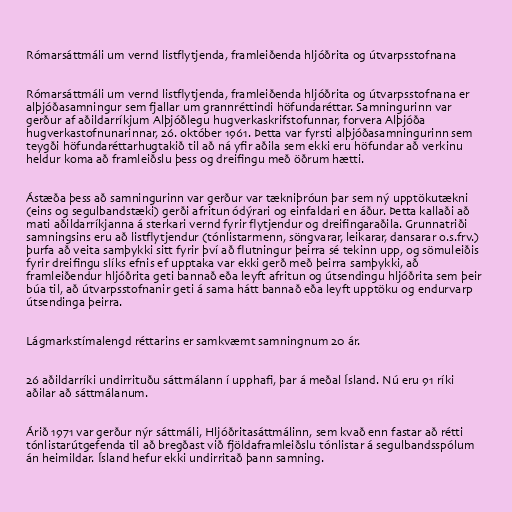
Rómarsáttmáli um vernd listflytjenda, framleiðenda hljóðrita og útvarpsstofnana

Rómarsáttmáli um vernd listflytjenda, framleiðenda hljóðrita og útvarpsstofnana er
alþjóðasamningur sem fjallar um grannréttindi höfundaréttar. Samningurinn var
gerður af aðildarríkjum Alþjóðlegu hugverkaskrifstofunnar, forvera Alþjóða
hugverkastofnunarinnar, 26. október 1961. Þetta var fyrsti alþjóðasamningurinn sem
teygði höfundaréttarhugtakið til að ná yfir aðila sem ekki eru höfundar að verkinu
heldur koma að framleiðslu þess og dreifingu með öðrum hætti.

Ástæða þess að samningurinn var gerður var tækniþróun þar sem ný upptökutækni
(eins og segulbandstæki) gerði afritun ódýrari og einfaldari en áður. Þetta kallaði að
mati aðildarríkjanna á sterkari vernd fyrir flytjendur og dreifingaraðila. Grunnatriði
samningsins eru að listflytjendur (tónlistarmenn, söngvarar, leikarar, dansarar o.s.frv.)
þurfa að veita samþykki sitt fyrir því að flutningur þeirra sé tekinn upp, og sömuleiðis
fyrir dreifingu slíks efnis ef upptaka var ekki gerð með þeirra samþykki, að
framleiðendur hljóðrita geti bannað eða leyft afritun og útsendingu hljóðrita sem þeir
búa til, að útvarpsstofnanir geti á sama hátt bannað eða leyft upptöku og endurvarp
útsendinga þeirra.

Lágmarkstímalengd réttarins er samkvæmt samningnum 20 ár.

26 aðildarríki undirrituðu sáttmálann í upphafi, þar á meðal Ísland. Nú eru 91 ríki
aðilar að sáttmálanum.

Árið 1971 var gerður nýr sáttmáli, Hljóðritasáttmálinn, sem kvað enn fastar að rétti
tónlistarútgefenda til að bregðast við fjöldaframleiðslu tónlistar á segulbandsspólum
án heimildar. Ísland hefur ekki undirritað þann samning.